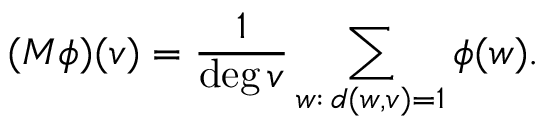
( M \phi ) ( v ) = { \frac { 1 } { \deg v } } \sum _ { w : \, d ( w , v ) = 1 } \phi ( w ) .